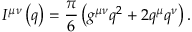
I ^ { \mu \nu } \left( q \right) = \frac { \pi } { 6 } \left( g ^ { \mu \nu } q ^ { 2 } + 2 q ^ { \mu } q ^ { \nu } \right) .